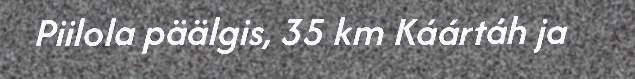
Piilola päälgis, 35 km Káártáh ja